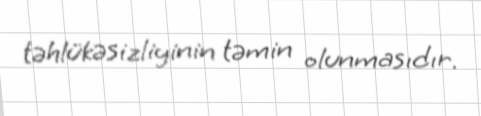
təhlükəsizliyinin təmin olunmasıdır.